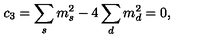
c _ { 3 } = \sum _ { s } m _ { s } ^ { 2 } - 4 \sum _ { d } m _ { d } ^ { 2 } = 0 ,